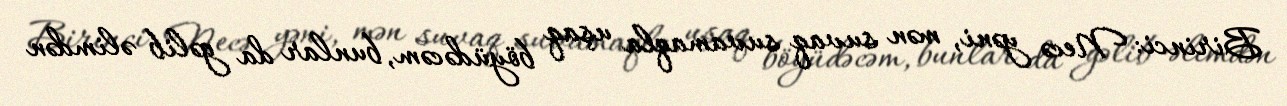
Birinci: Necə yəni, mən suvaq suvamaqla uşaq böyüdəcəm, bunlar da gəlib əlimdən